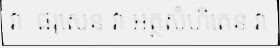
វា  ផរុសេន វា អត្ថសំហិតេន វា